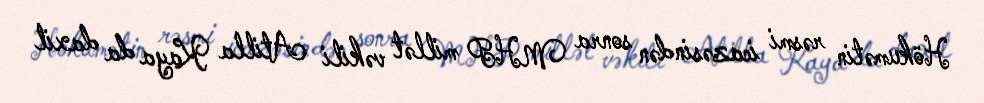
Hökumətin rəsmi icazəsindən sonra MHP millət vəkili Atilla Kaya da daxil